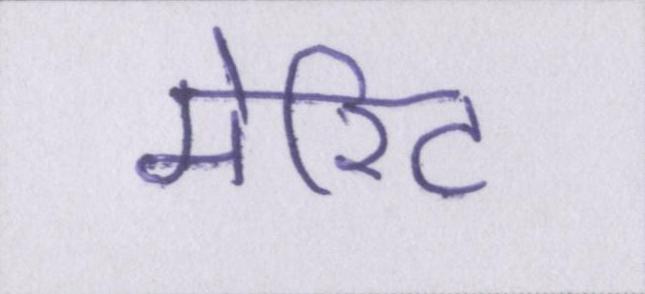
मेरिट